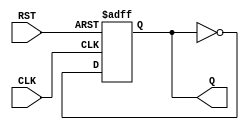
/*****************************************************
**  Verilog-HDL Training  Lab                       **
******************************************************
**  tff. 							                **
**                                                  **
*****************************************************/
module SAMPLE_TFF( CLK, RST, Q ) ;
input    CLK;
input	RST;
output   Q;
reg      Q;

always @(posedge CLK or negedge RST ) begin
    if( RST == 1'b0 ) begin
        Q <= 1'b0;
    end
    else begin
        Q <= ~Q ;
    end
end
endmodule